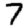
Digit: 7